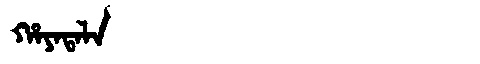
Manchu: ᡥᠠᠶᠠᡨᠠᠯᠠ
Romanization: HAYATALA